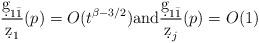
LaTeX: \begin{align*}\frac{\d g_{1\bar 1}}{\d z_1}(p)= O(t^{\beta-3/2}) \textrm{and} \frac{\d g_{1\bar 1}}{\d z_j}(p)=O(1)\end{align*}